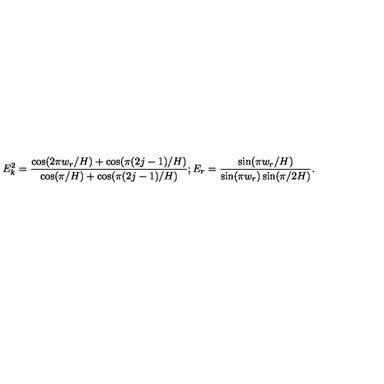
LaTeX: E _ { k } ^ { 2 } = \frac { \cos ( 2 \pi w _ { r } / H ) + \cos ( \pi ( 2 j - 1 ) / H ) } { \cos ( \pi / H ) + \cos ( \pi ( 2 j - 1 ) / H ) } ; E _ { r } = \frac { \sin ( \pi w _ { r } / H ) } { \sin ( \pi w _ { r } ) \sin ( \pi / 2 H ) } .